Report of the Lahore Medical School Hospital
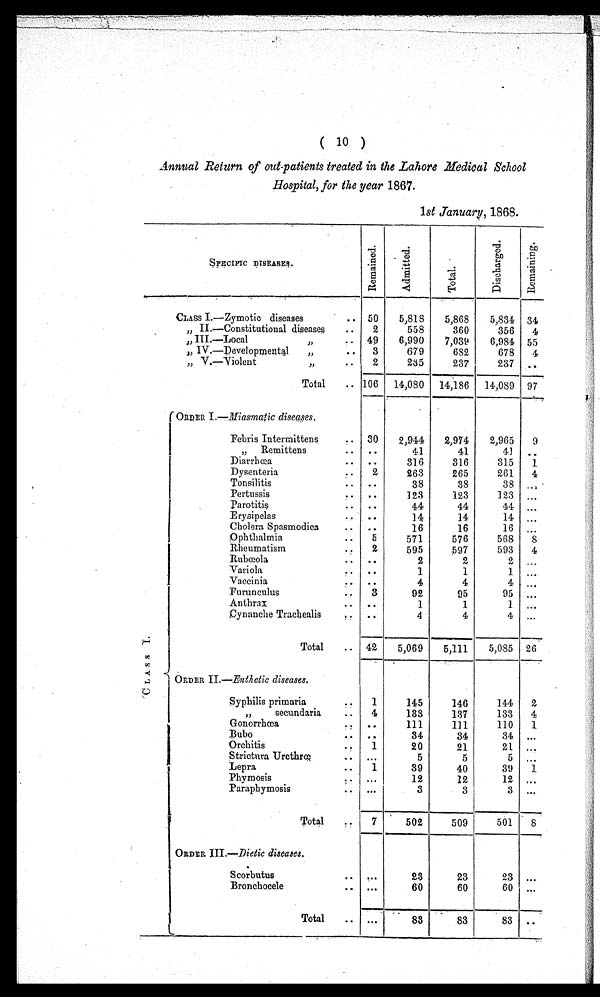
(
10
)
Annual Return of out-patients treated in the Lahore Medical School
Hospital, for the year 1867.
1 st January , 1868.
SPECIFIC DISEASES.
R e m a i n e d .
A d m i t t e d .
T o t a l .
D i s c h a r g e d .
R e m a i n i n g .
CLASS I.—Zymotic diseases . . .
50
5,818
5,868
5,834
34
" II.—Constitutional diseases . . .
2
558
360
356
4
" III.—Local " . . .
49
6,990
7,039
6,984
55
" IV.—Developmental " . . .
3
679
682
678
4
" V.—Violent " . . .
2
235
237
237
. . .
Total . . . 106
14,080
14,186
14,089
97
ORDER I.— Miasmatic diseases.
C L A S S I .
Febris Intermittens . . .
30
2,944
2,974
2,965
9
" Remittens . . .
. . .
41
41
41
. . .
Diarrhœa . . .
. . .
316
316
315
1
Dysenteria . . .
2
263
265
261
4
Tonsilitis . . .
. . .
38
38
38
. . .
Pertussis . . .
. . .
123
123
123
. . .
P a r o t i t i s . . .
. . .
44
44
44
. . .
Erysipelas . . .
. . .
14
14
14
. . .
Cholera Spasmodica . . .
. . .
16
16
16
. . .
Ophthalmia . . .
5
571
576
568
8
Rheumatism . . .
2
595
597
593
4
Rubœola . . .
. . .
2
2
2
. . .
Variola . . .
. . .
1
1
1
. . .
Vaccinia . . .
. . .
4
4
4
. . .
Furunculus . . .
3
92
95
95
. . .
Anthrax . . .
. . .
1
1
1
. . .
Cynanche Tracheal i s . . .
. . .
4
4
4
. . .
Total . . .
42
5,069
5,111
5,085
26
ORDER II .—Enthetic diseases.
Syphilis primaria . . .
1
145
146
144
2
" secundaria . . .
4
133
137
133
4
Gonorrhœa . . .
. . .
111
111
110
1
Bubo . . .
. . .
34
34
34
. . .
Orchitis . . .
1
20
21
21
. . .
Strictura Urethrœ . . .
. . .
5
5
5
. . .
Lepra . . .
1
39
40
39
1
Phymosis . . .
. . .
12
12
12
. . .
Paraphymosis . . .
. . .
3
3
3
. . .
T o t a l . . .
7
502
509
501
8
ORDER III .—Dietic diseases.
Scorbutus . . .
. . .
23
23
23
. . .
Bronchocele . . .
. . .
60
60
60
. . .
Total . . .
. . .
83
83
83
. . .